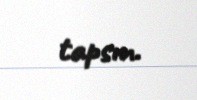
tapsın.